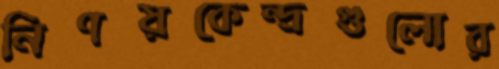
নিণয়কেন্দ্রগুলোর